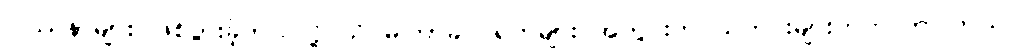
ပြဿနာများ ဖြစ်ပွားခဲ့တယ်လို့ သိပ်မကြာခင် ရက်များ အတွင်းက သတင်းများတက်လာပါတယ်။